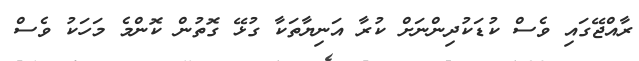
ރާއްޖޭގައި ވެސް ކުޑަކުދިންނަށް ކުރާ އަނިޔާތަކާ ގުޅޭ ގޮތުން ކޮންމެ މަހަކު ވެސް